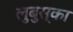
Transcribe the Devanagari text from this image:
लुबुस्का